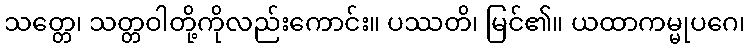
သတ္တေ၊ သတ္တဝါတို့ကိုလည်းကောင်း။ ပဿတိ၊ မြင်၏။ ယထာကမ္မုပဂေ၊